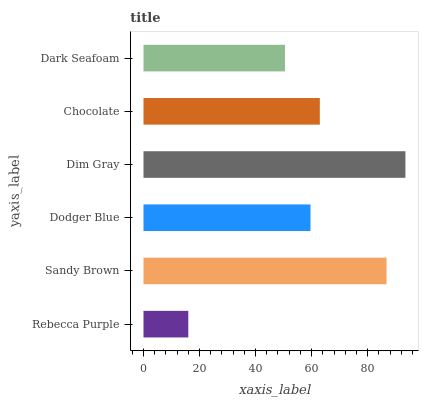
| yaxis_label | bars |
 | --- | --- |
 | Rebecca Purple | 16 |
 | Sandy Brown | 86.7 |
 | Dodger Blue | 59.6 |
 | Dim Gray | 93.5 |
 | Chocolate | 62.9 |
 | Dark Seafoam | 50.5 |